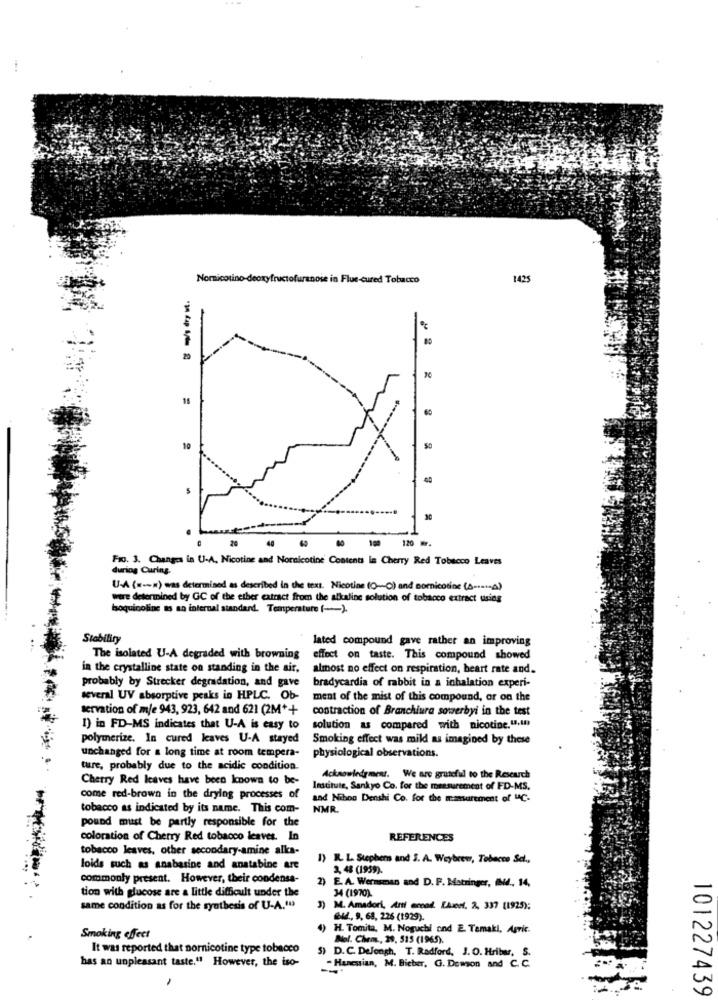
Noricotino-deoxyfructofuranose in Flue-cured Tobacco
1425
-
29
%
15
10
30
100 120 Mr.
Fr. 3. Changes in U-A, Nicotine and Nornicotine Contents In Cherry Red Tobacco Leaves
during Curing.
U-A ( =-== ) was determined as described in the text. Nicotine (O-O) and cornicotine (A -...- A)
wire determined by GC of the ether extract from the alkaline solution of tobacco extract using
isoquinoline as an internal standard. Temperature (_).
Stability
lated compound gave rather an improving
The isolated U-A degraded with browning
effect on taste. This compound showed
in the crystalline state on standing in the air,
almost no effect on respiration, heart rate and.
probably by Strecker degradation, and gave
bradycardia of rabbit in a inhalation experi-
several UV absorptive peaks in HPLC. Ob-
ment of the mist of this compound, or on the
servation of m/e 943, 923, 642 and 621 (2M*+
contraction of Branchiura sowerbyi in the test
1) in FD-MS indicates that U-A is easy to
solution as compared with nicotine.u.In
polymerize. In cured leaves U-A stayed
Smoking effect was mild as imagined by these
unchanged for a long time at room tempera-
physiological observations.
ture, probably due to the acidic condition.
Cherry Red leaves have been known to be-
Acknowledgment. We are grateful to the Research
Institute, Sankyo Co. for the measurement of FD-MS.
come red-brown in the drying processes of
and Nihon Denshi Co. for the mamsurement of "C.
tobacco as indicated by its name. This com-
NMR.
pound must be partly responsible for the
coloration of Cherry Red tobacco leaves. In
REFERENCES
tobacco leaves, other secondary-amine alka-
1) R L Stephens and 3. A. Weybrew, Tobacco Sel .,
loids such as anabasine and anatabine are
3, 48 (1959).
commonly present. However, their condensa-
2) E. A. Wermsman and D. F. Mstringer, IMMA, 14,
tion with glucose are a little difficult under the
34 (1970).
same condition as for the synthesis of U-A.(13
3) M. Amadori, Arti eccod. LAest, 2, 337 (1925);
64, 9, 68, 226 (1929).
)H. Tomita, M. Noguchi ond E Temaki, Agric.
Smoking effect
Bol. Chem ., 29, 515 (1965).
It was reported that nornicotine type tobacco
has an unpleasant taste." However, the iso-
5) D. C. DeJongh, T. Radford, J. O. Hribar, S.
- Hanesian, M. Bieber, G. Demon and C. C.
101227439